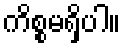
ကိစ္စမရှိပါ။